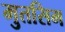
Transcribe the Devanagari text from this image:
मुतसिम